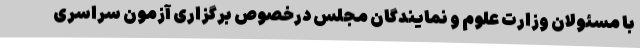
با مسئولان وزارت علوم و نمایندگان مجلس درخصوص برگزاری آزمون سراسری